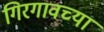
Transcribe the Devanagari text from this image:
गिरगावच्या